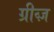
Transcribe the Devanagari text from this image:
ग्रीव्ज़